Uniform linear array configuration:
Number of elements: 24
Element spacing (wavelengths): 0.75
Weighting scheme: kaiser
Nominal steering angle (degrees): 60
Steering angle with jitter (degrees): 60.574
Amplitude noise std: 0.05
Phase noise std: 0.05

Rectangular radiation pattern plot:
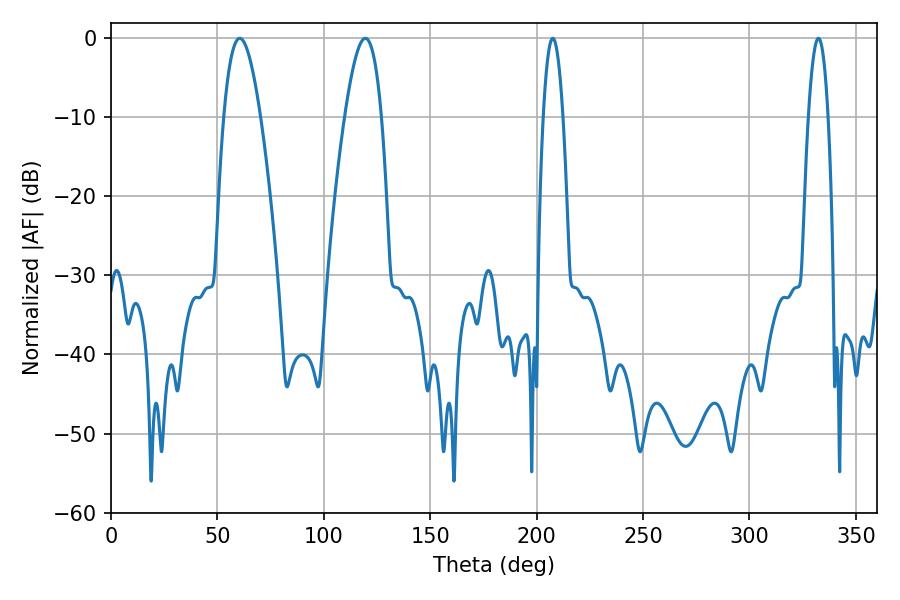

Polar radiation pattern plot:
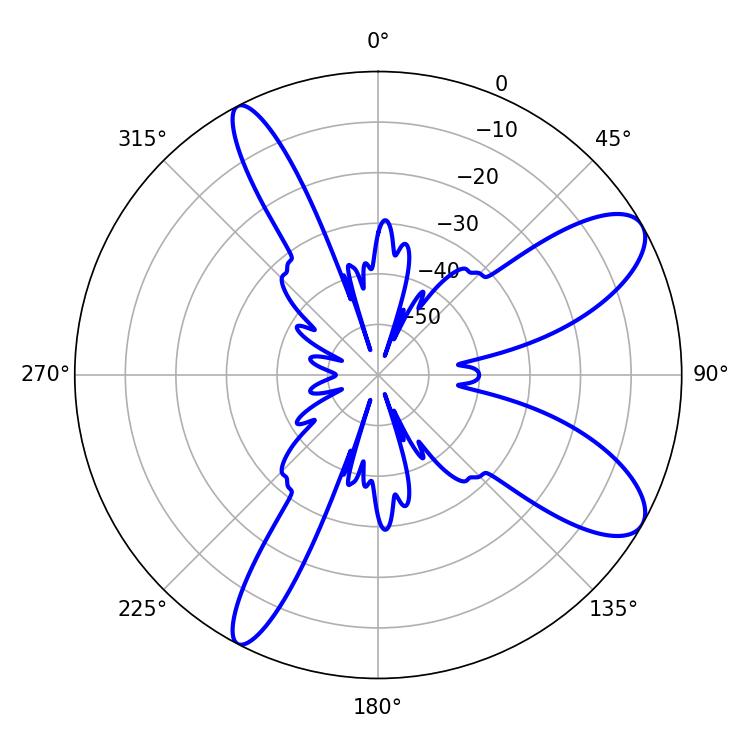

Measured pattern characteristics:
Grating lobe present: TRUE
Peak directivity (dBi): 9.568
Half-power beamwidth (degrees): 9.36
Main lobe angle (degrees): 60.48